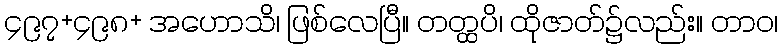
၄၉၇+၄၉၈+ အဟောသိ၊ ဖြစ်လေပြီ။ တတ္ထပိ၊ ထိုဇာတ်၌လည်း။ တာဝ၊